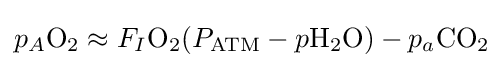
p_{A}{\ce {O2}}\approx F_{I}{\ce {O2}}(P_{{\ce {ATM}}}-p{\ce {H2O}})-p_{a}{\ce {CO2}}